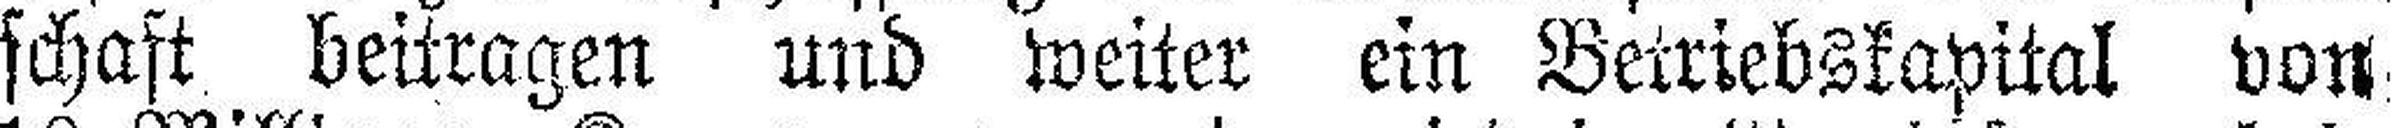
schaft. beitragen und weiter ein Betriebskapital von